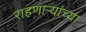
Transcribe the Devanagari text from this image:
राहणार्‍यांच्या